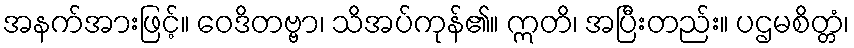
အနက်အားဖြင့်။ ဝေဒိတဗ္ဗာ၊ သိအပ်ကုန်၏။ ဣတိ၊ အပြီးတည်း။ ပဌမစိတ္တံ၊